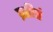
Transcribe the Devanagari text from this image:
प्रतीतं